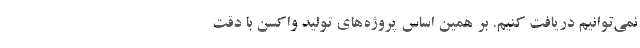
نمی‌توانیم دریافت کنیم. بر همین اساس پروژه‌های تولید واکسن با دقت